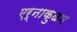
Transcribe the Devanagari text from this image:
एर्नाकुळम